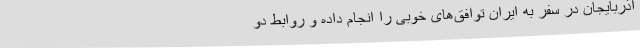
آذربایجان در سفر به ایران توافق‌های خوبی را انجام داده و روابط دو